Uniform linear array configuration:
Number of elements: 16
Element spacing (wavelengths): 0.75
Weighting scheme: hamming
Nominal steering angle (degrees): -15
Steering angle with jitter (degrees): -15.472
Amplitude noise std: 0.05
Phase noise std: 0.05

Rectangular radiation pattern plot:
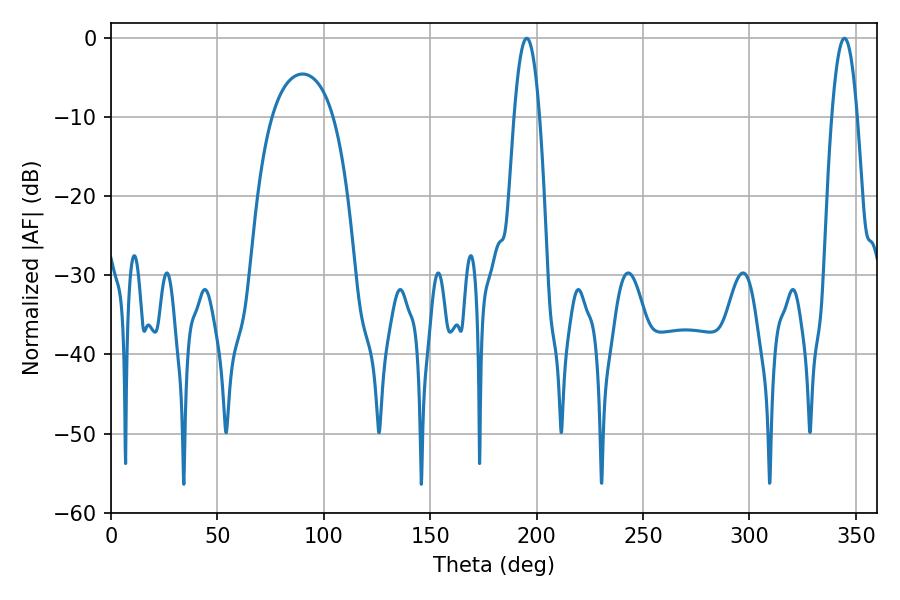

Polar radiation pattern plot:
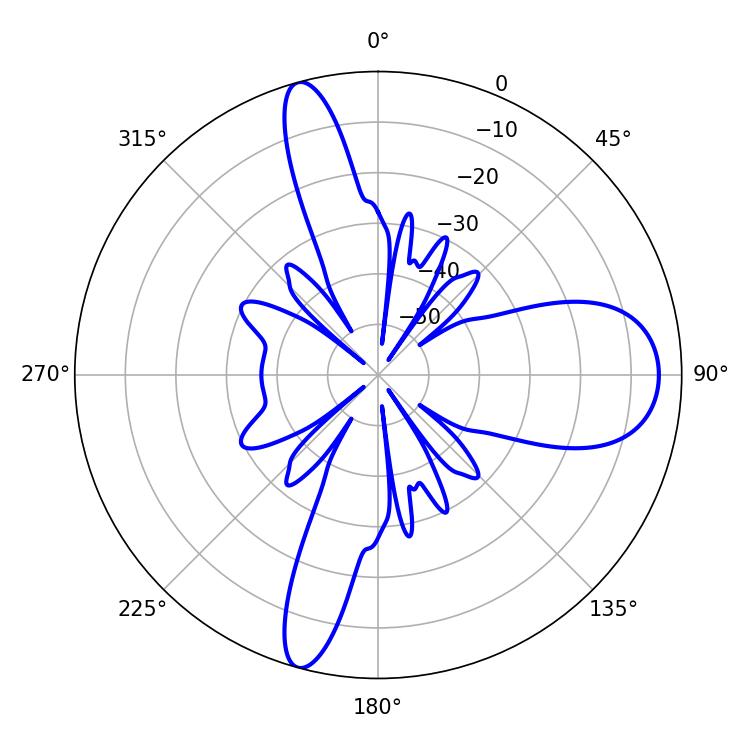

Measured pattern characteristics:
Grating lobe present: TRUE
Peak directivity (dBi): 14.433
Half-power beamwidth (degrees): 6.66
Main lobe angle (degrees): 195.3